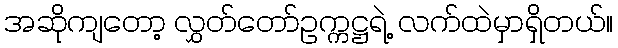
အဆိုကျတော့ လွှတ်တော်ဥက္ကဋ္ဌရဲ့ လက်ထဲမှာရှိတယ်။